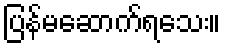
ပြန်မဆောက်ရသေး။